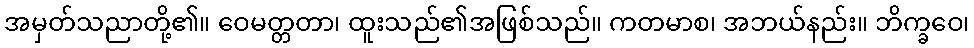
အမှတ်သညာတို့၏။ ဝေမတ္တတာ၊ ထူးသည်၏အဖြစ်သည်။ ကတမာစ၊ အဘယ်နည်း။ ဘိက္ခဝေ၊